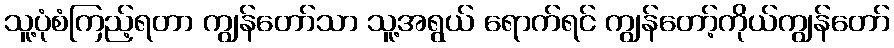
သူ့ပုံစံကြည့်ရတာ ကျွန်တော်သာ သူ့အရွယ် ရောက်ရင် ကျွန်တော့်ကိုယ်ကျွန်တော်